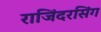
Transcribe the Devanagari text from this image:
राजिंदरसिंग